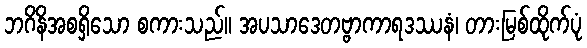
ဘဂိနိအစရှိသော စကားသည်။ အပသာဒေတဗ္ဗာကာရဒဿနံ၊ တားမြစ်ထိုက်ပုံ